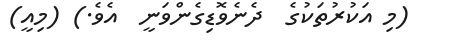
(މި އަކުރުތަކުގެ  ދެނެވޮޑިގެންވަނީ  އެވެ.) (މިއީ)